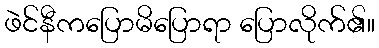
ဖဲင်နီကပြောမိပြောရာ ပြောလိုက်၏။